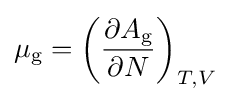
\mu _{\text{g}}=\left({\frac {\partial A_{\text{g}}}{\partial N}}\right)_{T,V}